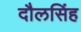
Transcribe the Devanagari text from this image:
दौलसिंह